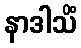
နာဒါသိံ